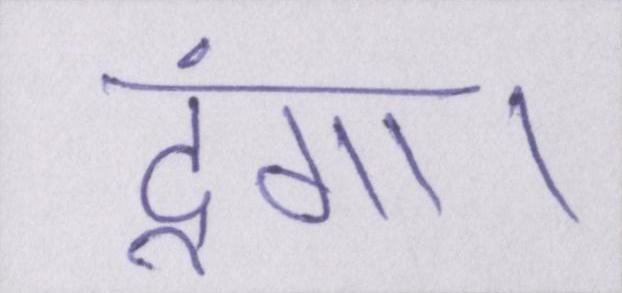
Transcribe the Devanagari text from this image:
दूंगा।